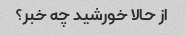
از حالا خورشید چه خبر؟